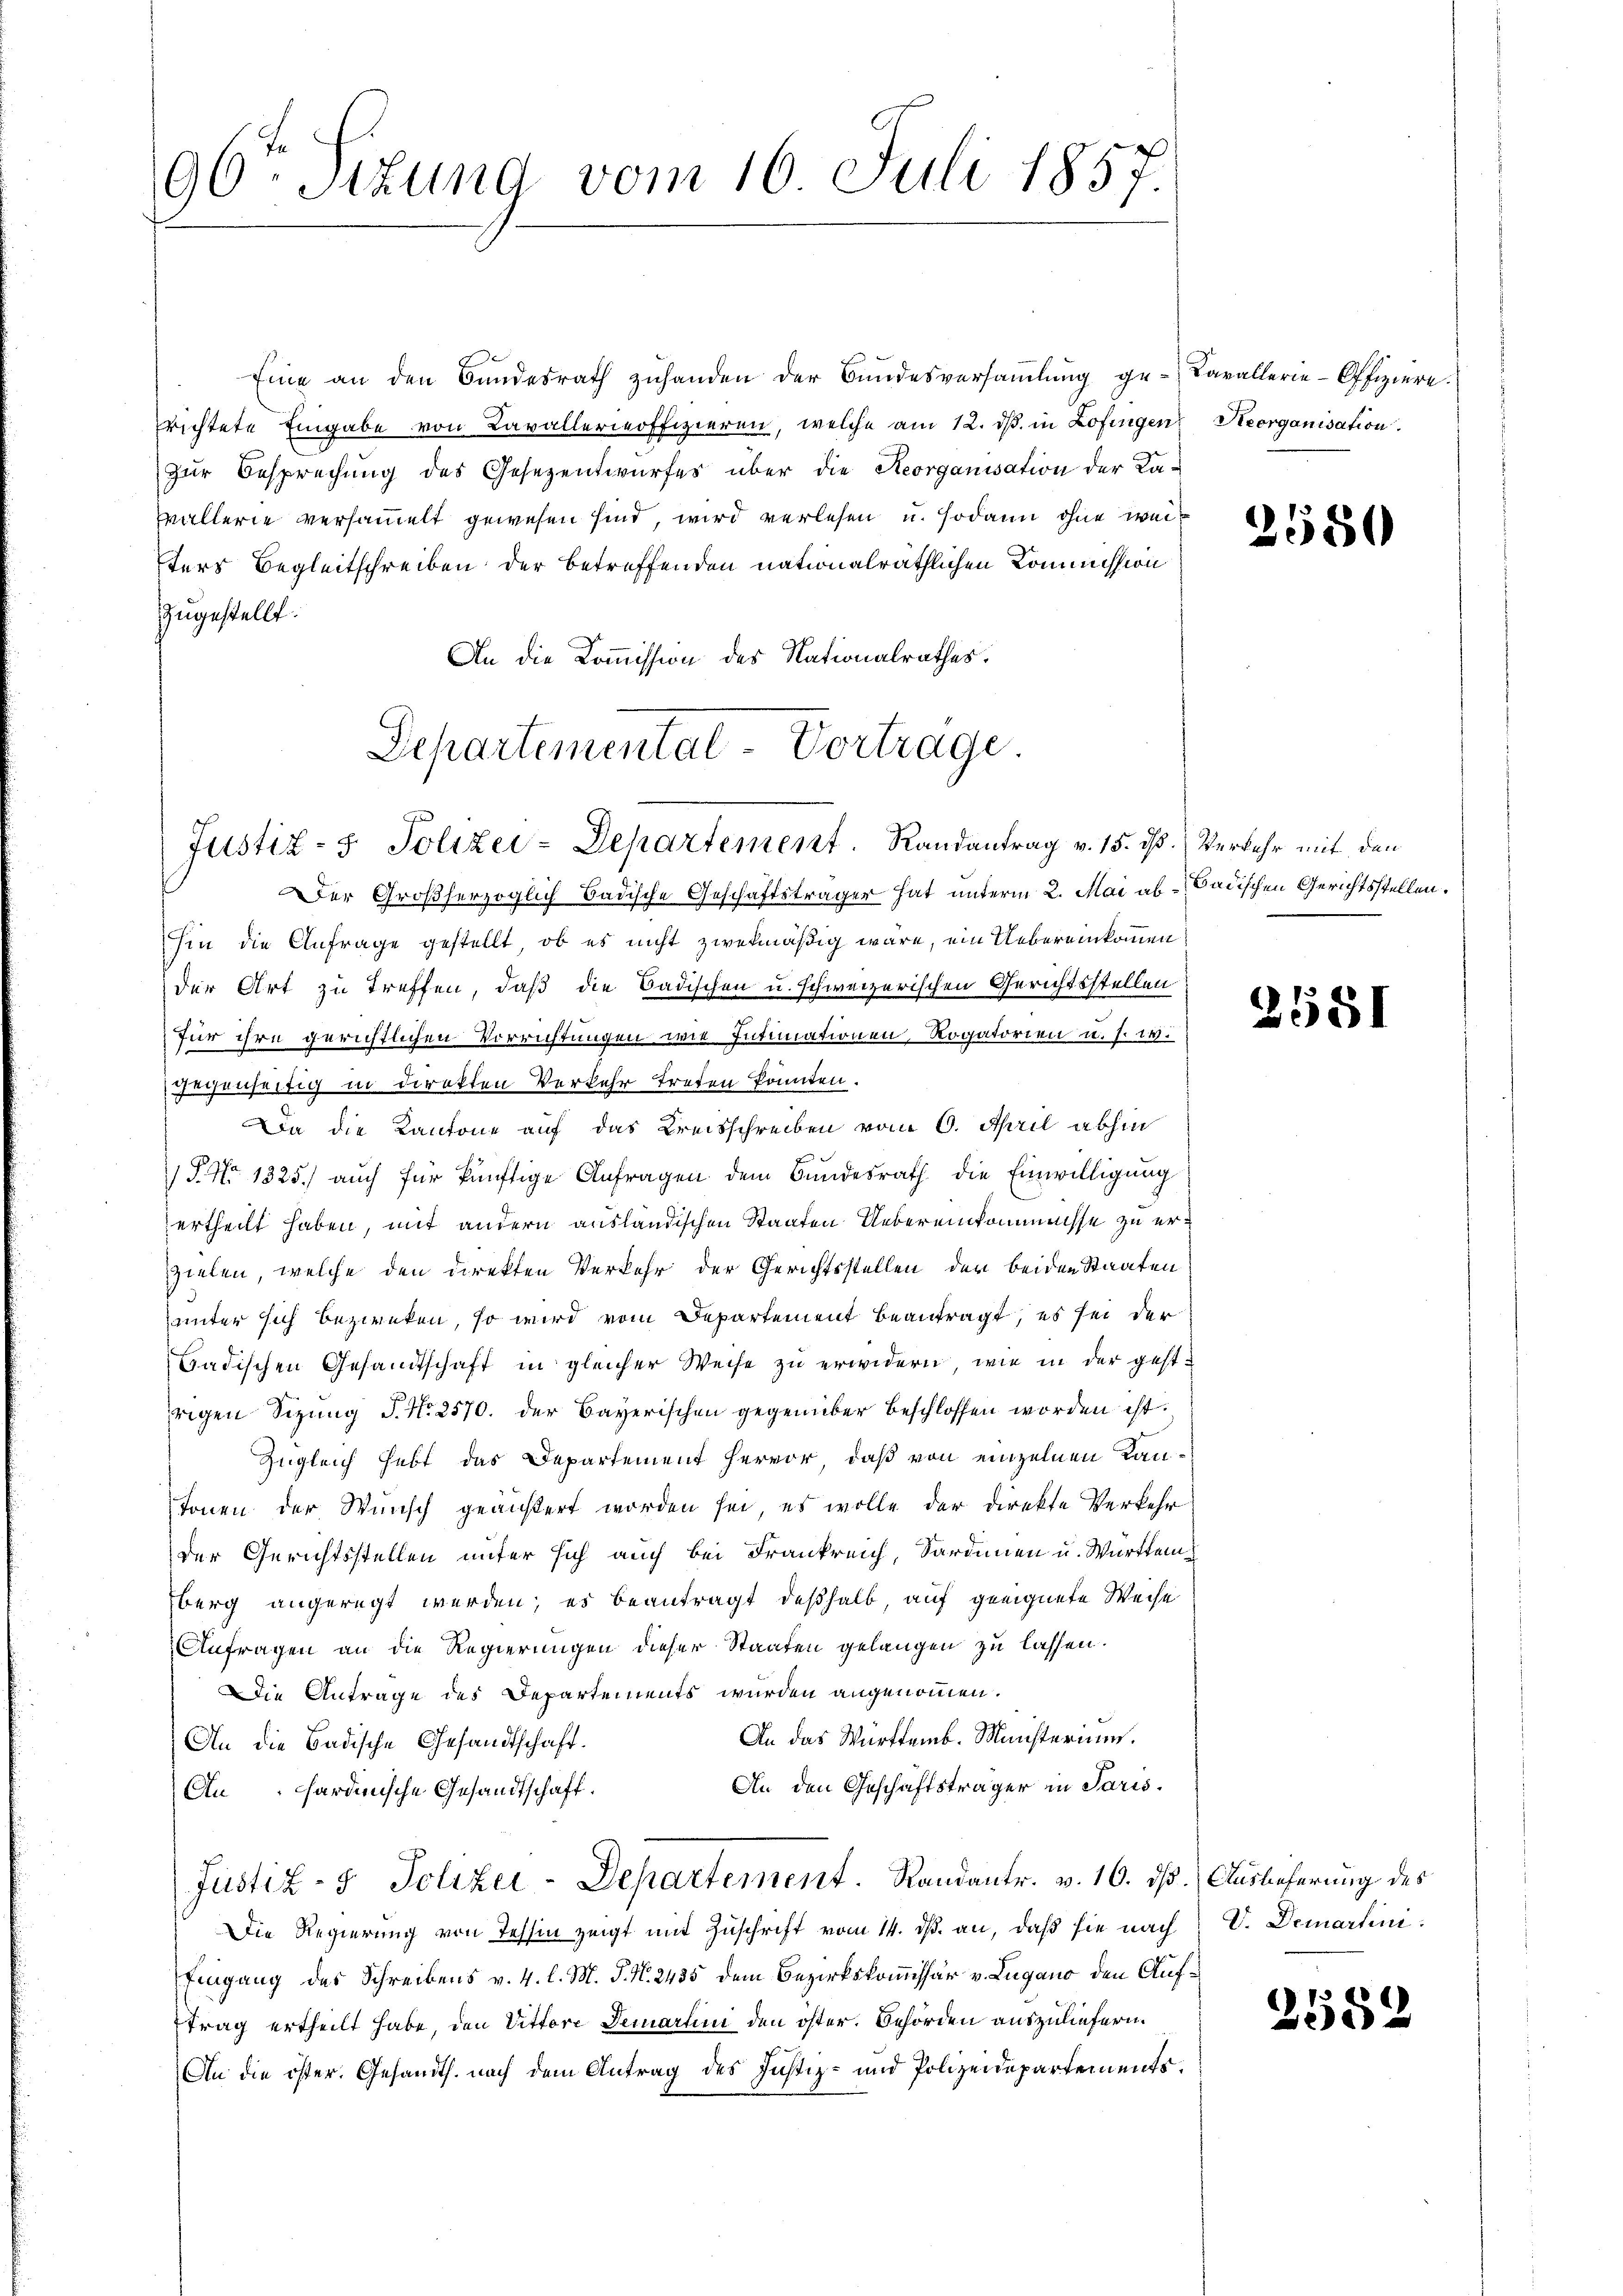
90: Sizung vom 16. Juli 1857.

Eine an den Bundesrath zŭhanden der Bundesversaṁlŭng ge- Cavallerie-Offiziere.
richtete Eingabe von Lavallerieoffizieren, welche am 12. ds. in Lofingen Reorganisation
Zur Besprechung des Gesezentwurfes über die Reorganisation der Kavallerie versammelt gewesen sind, wird verlesen u. sodann ohne weiters Begleitschreiben der betreffenden nationalräthlichen Kommission
zugestellt.
An die Kommission des Nationalrathes.

Departemental-Vorträge.
Justiz- & Polizei-Departement. Randantrag v. 15. ds. Verkehr mit den

Der Großherzoglich Badische Geschäftsträger hat unterm 2. Mai ab - Badischen Gerichtsstellen.
hin die Anfrage gestellt, ob es nicht zwekmäßig wäre, ein Uebereinkommen
der Art zu treffen, daß die Badischen u. schweizerischen Gerichtsstellen
für ihre gerichtlichen Verrichtungen wie Intiationen, Rogatorien u. s. w.
gegenseitig in Direkten Verkehr trefen könnten.
Da die Kantone auf das Kreisschreiben vom 6. April abhin
P No 1325) auch für künftige Anfragen dem Bundesrath die Einwilligung
ertheilt haben, mit andern ausländischen Staaten Uebereinkommnisse zu erzielen, welche den direkten Verkehr der Gerichtsstellen der beiden Staaten
unter sich bezweken, so wird vom Departement beantragt, es sei der
Badischen Gesandtschaft in gleicher Weise zŭ erwidern, wie in der gest.
rigen Sizung S. N. 2570. der Bayerischen gegenüber beschlossen worden ist.
Zugleich hebt das Departement hervor, daß von einzelnen Kantonen der Wunsch geäußert worden sei, es wolle der Direkte Verkehr
der Gerichtsstellen unter sich auch bei Frankreich, Sardinen u. Württem
berg angeregt werden; es beantragt deßhalb, auf geeignete Weise
Anfragen an die Regierungen dieser Staaten gelangen zu lassen.
Die Antrage des Departements wurden angenommen.
An das Württemb. Ministerium.
An die Badische Gesandtschaft.
An den Geschäftsträger in Paris.
Anhardinische Gesandtschaft.
Justiz- & Polizei-Departement. Randantr. v. 16. dß. Auslieferung des
Die Regierung von Tessin zeigt mit Zuschrift vom 14. ds. an, daß sie nach V. Demartini-
Eingang des Schreibens v. 4. l. M. J. N. 2435 dem Bezirkskommissär v. Lugano den Auftrag ertheilt habe, den Vittore Demarin den öster. Behörden auszuliefern.
An die öster. Gesandth. nach dem Antrag des Justiz- und Polizeidepartements.

2550

2581

2552